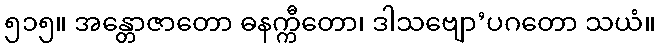
၅၁၅။ အန္တောဇာတော ဓနက္ကီတော၊ ဒါသဗျော’ပဂတော သယံ။